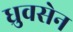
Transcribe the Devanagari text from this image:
ध्रुवसेन